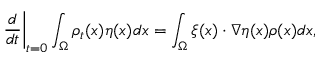
\left. \frac { d } { d t } \right| _ { t = 0 } \int _ { \Omega } \rho _ { t } ( x ) \eta ( x ) d x = \int _ { \Omega } \xi ( x ) \cdot \nabla \eta ( x ) \rho ( x ) d x ,